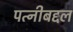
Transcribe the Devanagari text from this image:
पत्नीबद्दल